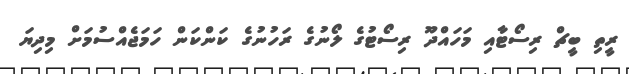
ރީތި ބީޗް ރިސޯޓާއި މަހައްދޫ ރިސޯޓުގެ ލޯނުގެ ރަހުނުގެ ކަންކަން ހަމަޖެއްސުމަށް މިދިޔަ